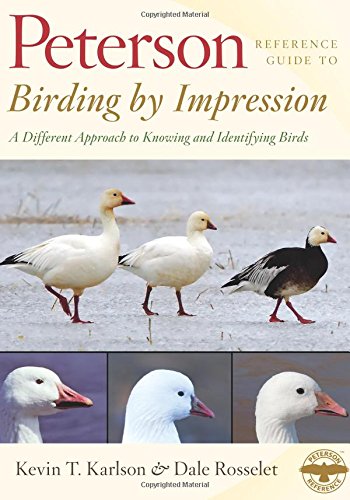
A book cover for Peterson Reference Guides: Birding by Impression: A Different Approach to Knowing and Identifying Birds; Kevin Karlson; Science & Math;